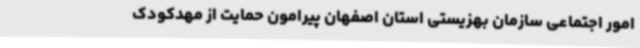
امور اجتماعی سازمان بهزیستی استان اصفهان پیرامون حمایت از مهدکودک